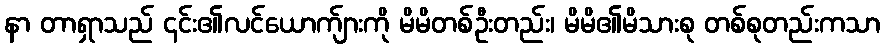
နာ တာရှာသည် ၎င်း၏လင်ယောက်ျားကို မိမိတစ်ဦးတည်း၊ မိမိ၏မိသားစု တစ်စုတည်းကသာ